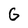
Character: G